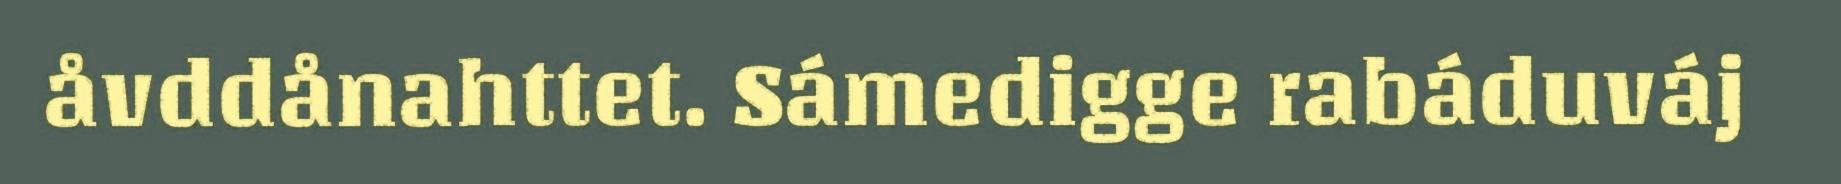
åvddånahttet. Sámedigge rabáduváj